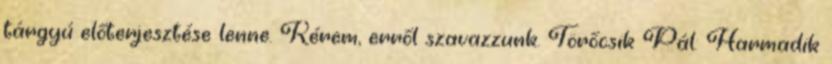
tárgyú előterjesztése lenne. Kérem, erről szavazzunk. Törőcsik Pál: Harmadik